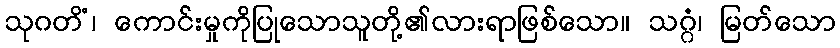
သုဂတိံ၊ ကောင်းမှုကိုပြုသောသူတို့၏လားရာဖြစ်သော။ သဂ္ဂံ၊ မြတ်သော